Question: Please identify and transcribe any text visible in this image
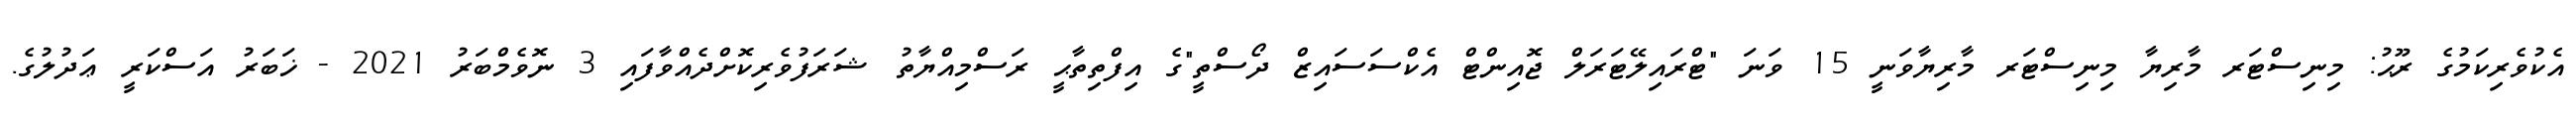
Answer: އެކުވެރިކަމުގެ ރޫޙު: މިނިސްޓަރ މާރިޔާ މިނިސްޓަރ މާރިޔާވަނީ 15 ވަނަ "ޓްރައިލޭޓަރަލް ޖޮއިންޓް އެކްސަސައިޒް ދޯސްތީ"ގެ އިފްތިތާޙީ ރަސްމިއްޔާތު ޝަރަފުވެރިކޮށްދެއްވާފައި 3 ނޮވެމްބަރު 2021 - ޚަބަރު އަސްކަރީ ޢަދުލުގެ.